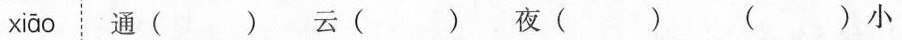
xiāo 通()云()夜() ()小